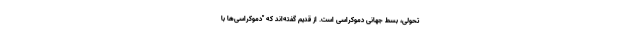
تحولی، بسط جهانی دموکراسی است. از قدیم گفته‌اند که "دموکراسی‌ها با